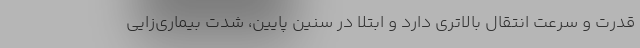
قدرت و سرعت انتقال بالاتری دارد و ابتلا در سنین پایین، شدت بیماری‌زایی